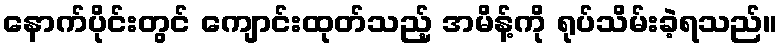
နောက်ပိုင်းတွင် ကျောင်းထုတ်သည့် အမိန့်ကို ရုပ်သိမ်းခဲ့ရသည်။